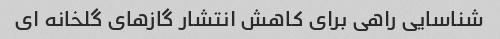
شناسایی راهی برای کاهش انتشار گازهای گلخانه ای